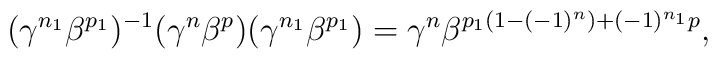
(\gamma^{n_1} \beta^{p_1})^{-1} (\gamma^{n} \beta^{p}) (\gamma^{n_1} \beta^{p_1}) = \gamma^{n} \beta^{p_1(1-(-1)^{n})+(-1)^{n_1}p},